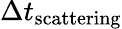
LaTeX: \Delta t_{\mathrm{scattering}}